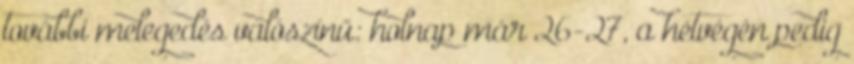
további melegedés valószínű: holnap már 26-27, a hétvégén pedig